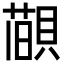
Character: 𦼨